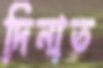
দিনাত